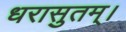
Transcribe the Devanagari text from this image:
धरासुतम्।